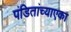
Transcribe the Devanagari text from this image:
पंडितांच्याएका